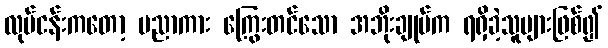
လုပ်ငန်းကတော့ ပညာကား ကြွေးတင်သော အဘိုးချုပ်က ရရှိခဲ့သူများဖြစ်၍